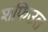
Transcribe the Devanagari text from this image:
शफिउल